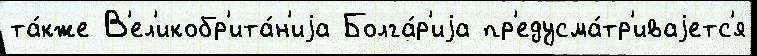
та́кже В'ел'икобр'ита́н'иjа Болга́р'иjа пр'едусма́тр'иваjетс'я